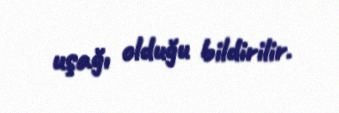
uşağı olduğu bildirilir.